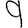
Digit: 9